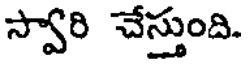
స్వారి చేస్తుంది.